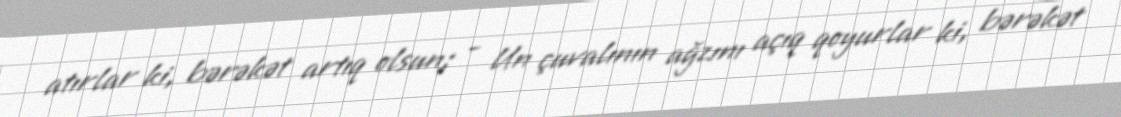
atırlar ki, bərəkət artıq olsun; - Un çuvalının ağzını açıq qoyurlar ki, bərəkət